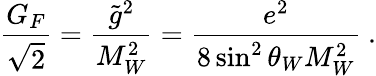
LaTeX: \frac{G_{F}}{\sqrt{2}}=\frac{\tilde{g}^{2}}{M_{W}^{2}}=\frac{e^{2}}{8\sin^{2}\theta_{W}M_{W}^{2}}~.